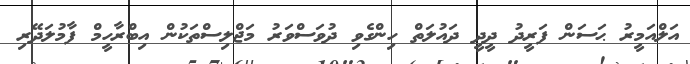
އަލްއަމީރު ޙަސަން ފަރީދު ދީދީ ދައުލަތް ހިންގެވި ދުވަސްވަރު މަޖްލިސްތަކުން އިބްރާހީމް ފާމުލަދޭރި